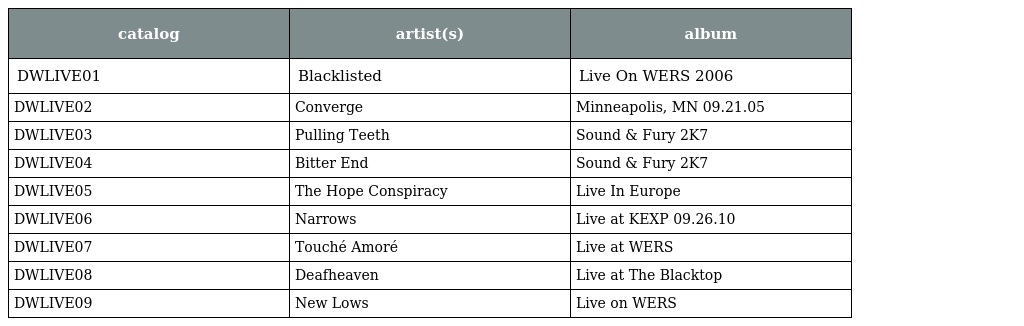
| catalog | artist(s) | album |
 | --- | --- | --- |
 | DWLIVE01 | Blacklisted | Live On WERS 2006 |
 | DWLIVE02 | Converge | Minneapolis, MN 09.21.05 |
 | DWLIVE03 | Pulling Teeth | Sound & Fury 2K7 |
 | DWLIVE04 | Bitter End | Sound & Fury 2K7 |
 | DWLIVE05 | The Hope Conspiracy | Live In Europe |
 | DWLIVE06 | Narrows | Live at KEXP 09.26.10 |
 | DWLIVE07 | Touché Amoré | Live at WERS |
 | DWLIVE08 | Deafheaven | Live at The Blacktop |
 | DWLIVE09 | New Lows | Live on WERS |